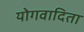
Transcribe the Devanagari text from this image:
योगवादिता